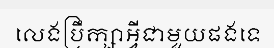
លេងប្រឹក្សាអ្វីជាមួយផងទេ